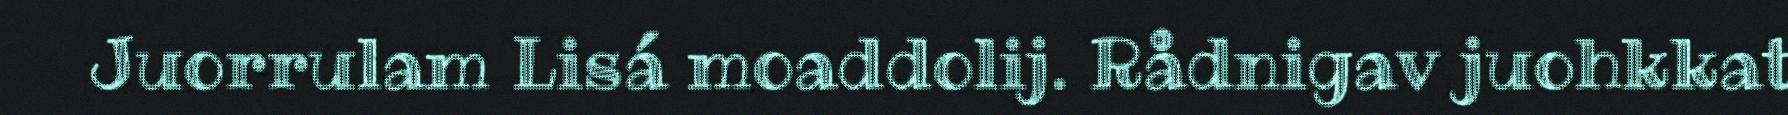
Juorrulam Lisá moaddolij. Rådnigav juohkkat